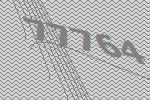
77764